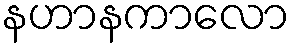
နဟာနကာလော